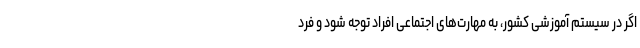
اگر در سیستم آموزشی کشور، به مهارت‌های اجتماعی افراد توجه شود و فرد